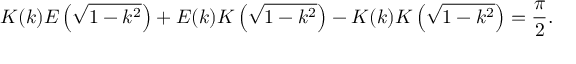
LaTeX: K ( k ) E \left( { \sqrt { 1 - k ^ { 2 } } } \right) + E ( k ) K \left( { \sqrt { 1 - k ^ { 2 } } } \right) - K ( k ) K \left( { \sqrt { 1 - k ^ { 2 } } } \right) = { \frac { \pi } { 2 } } .